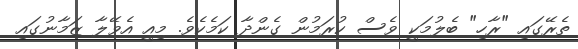
ތެރޭގައި "ރާހި" ބެލުމަކީ ވެސް ކުރަމުން ގެންދާ ކަމެކެވެ. މިއީ އެވޭލާ ޒަމާނުގައި